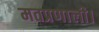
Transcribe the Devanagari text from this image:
मतप्रणाली।